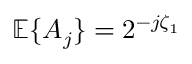
{ \mathbb E } \{ A _ { j } \} = 2 ^ { - j \zeta _ { 1 } }